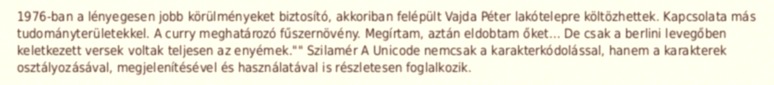
1976-ban a lényegesen jobb körülményeket biztosító, akkoriban felépült Vajda Péter lakótelepre költözhettek. Kapcsolata más tudományterületekkel. A curry meghatározó fűszernövény. Megírtam, aztán eldobtam őket… De csak a berlini levegőben keletkezett versek voltak teljesen az enyémek."" Szilamér A Unicode nemcsak a karakterkódolással, hanem a karakterek osztályozásával, megjelenítésével és használatával is részletesen foglalkozik.